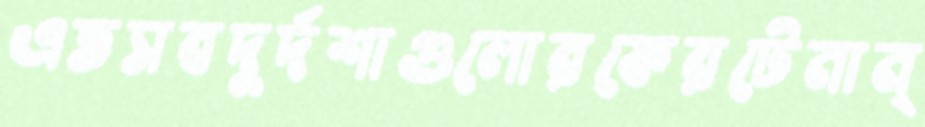
এতসবদুর্দশাগুলোরফেরটেনান্